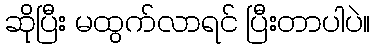
ဆိုပြီး မထွက်လာရင် ပြီးတာပါပဲ။